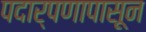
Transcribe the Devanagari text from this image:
पदार्पणापासून